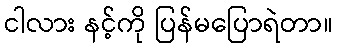
ငါလား နင့်ကို ပြန်မပြောရဲတာ။